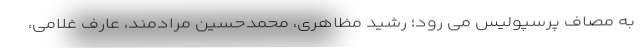
به مصاف پرسپولیس می رود؛ رشید مظاهری، محمدحسین مرادمند، عارف غلامی،